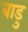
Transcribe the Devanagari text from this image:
बाडु